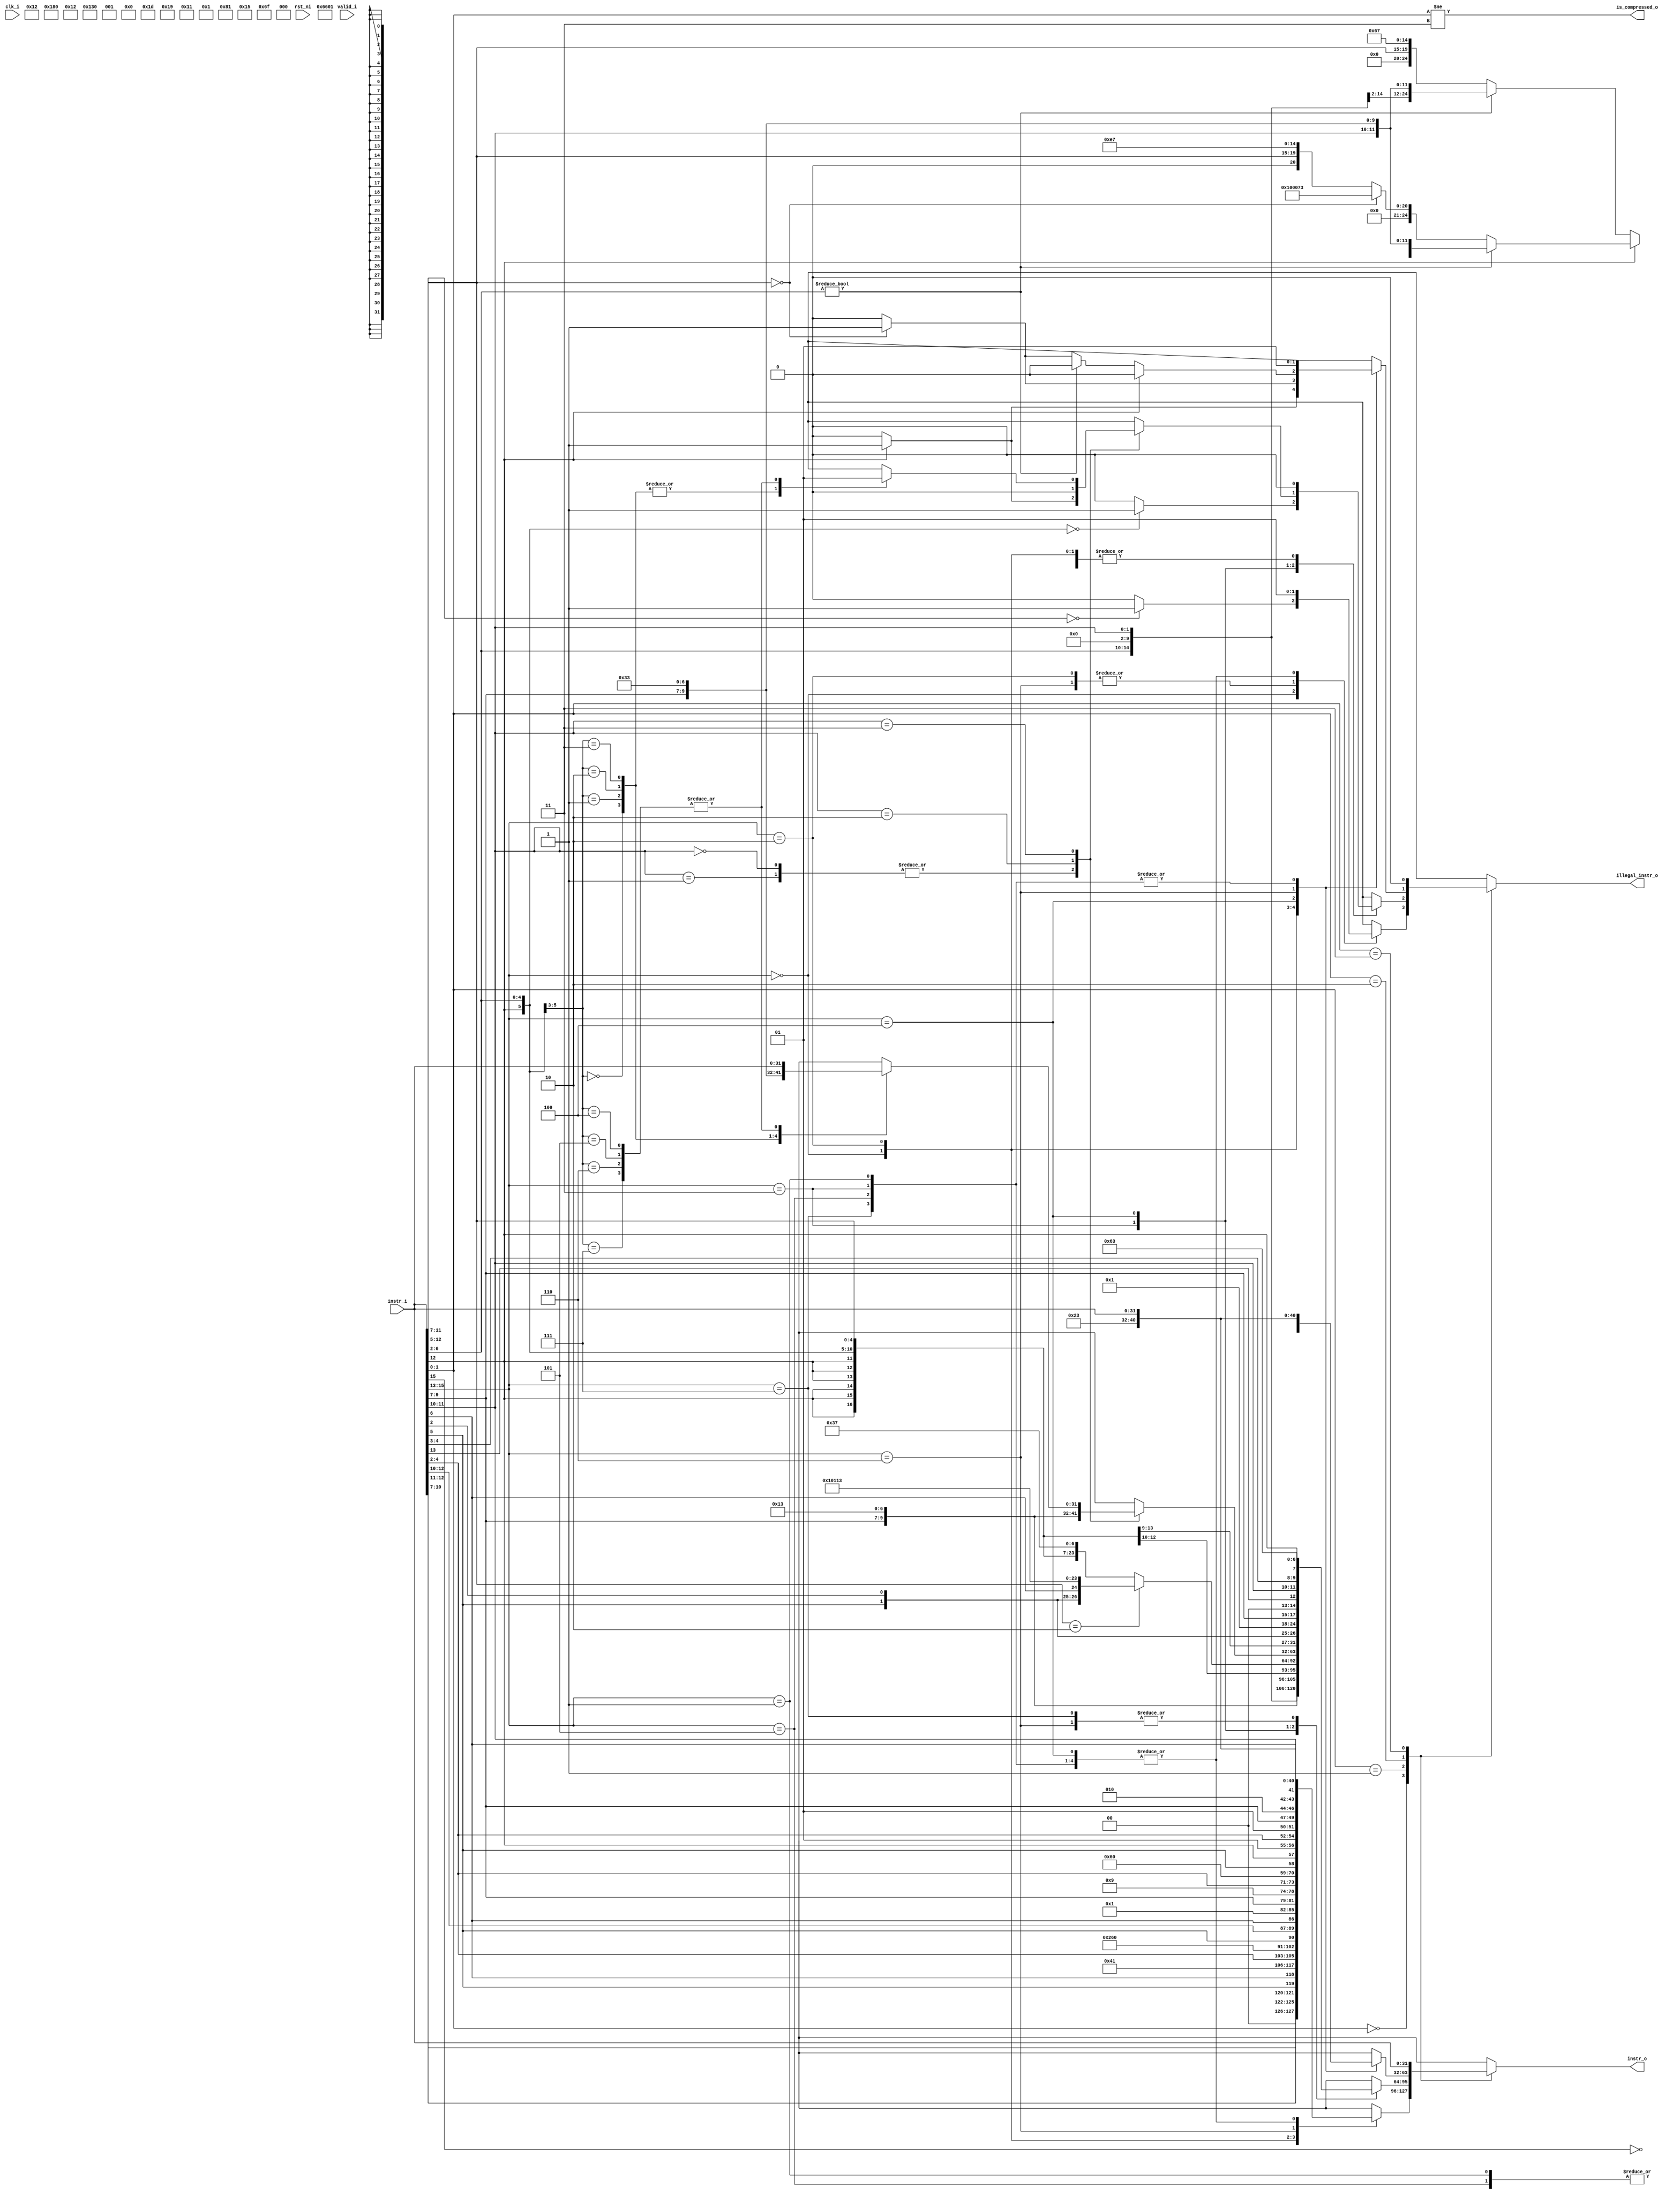
module ibex_compressed_decoder (
	clk_i,
	rst_ni,
	valid_i,
	instr_i,
	instr_o,
	is_compressed_o,
	illegal_instr_o
);
	input wire clk_i;
	input wire rst_ni;
	input wire valid_i;
	input wire [31:0] instr_i;
	output reg [31:0] instr_o;
	output wire is_compressed_o;
	output reg illegal_instr_o;
	wire unused_valid;
	assign unused_valid = valid_i;
	localparam [6:0] ibex_pkg_OPCODE_BRANCH = 7'h63;
	localparam [6:0] ibex_pkg_OPCODE_JAL = 7'h6f;
	localparam [6:0] ibex_pkg_OPCODE_JALR = 7'h67;
	localparam [6:0] ibex_pkg_OPCODE_LOAD = 7'h03;
	localparam [6:0] ibex_pkg_OPCODE_LUI = 7'h37;
	localparam [6:0] ibex_pkg_OPCODE_OP = 7'h33;
	localparam [6:0] ibex_pkg_OPCODE_OP_IMM = 7'h13;
	localparam [6:0] ibex_pkg_OPCODE_STORE = 7'h23;
	always @(*) begin
		instr_o = instr_i;
		illegal_instr_o = 1'b0;
		case (instr_i[1:0])
			2'b00:
				case (instr_i[15:13])
					3'b000: begin
						instr_o = {2'b00, instr_i[10:7], instr_i[12:11], instr_i[5], instr_i[6], 2'b00, 5'h02, 3'b000, 2'b01, instr_i[4:2], {ibex_pkg_OPCODE_OP_IMM}};
						if (instr_i[12:5] == 8'b00000000)
							illegal_instr_o = 1'b1;
					end
					3'b010: instr_o = {5'b00000, instr_i[5], instr_i[12:10], instr_i[6], 2'b00, 2'b01, instr_i[9:7], 3'b010, 2'b01, instr_i[4:2], {ibex_pkg_OPCODE_LOAD}};
					3'b110: instr_o = {5'b00000, instr_i[5], instr_i[12], 2'b01, instr_i[4:2], 2'b01, instr_i[9:7], 3'b010, instr_i[11:10], instr_i[6], 2'b00, {ibex_pkg_OPCODE_STORE}};
					3'b001, 3'b011, 3'b100, 3'b101, 3'b111: illegal_instr_o = 1'b1;
					default: illegal_instr_o = 1'b1;
				endcase
			2'b01:
				case (instr_i[15:13])
					3'b000: instr_o = {{6 {instr_i[12]}}, instr_i[12], instr_i[6:2], instr_i[11:7], 3'b000, instr_i[11:7], {ibex_pkg_OPCODE_OP_IMM}};
					3'b001, 3'b101: instr_o = {instr_i[12], instr_i[8], instr_i[10:9], instr_i[6], instr_i[7], instr_i[2], instr_i[11], instr_i[5:3], {9 {instr_i[12]}}, 4'b0000, ~instr_i[15], {ibex_pkg_OPCODE_JAL}};
					3'b010: instr_o = {{6 {instr_i[12]}}, instr_i[12], instr_i[6:2], 5'b00000, 3'b000, instr_i[11:7], {ibex_pkg_OPCODE_OP_IMM}};
					3'b011: begin
						instr_o = {{15 {instr_i[12]}}, instr_i[6:2], instr_i[11:7], {ibex_pkg_OPCODE_LUI}};
						if (instr_i[11:7] == 5'h02)
							instr_o = {{3 {instr_i[12]}}, instr_i[4:3], instr_i[5], instr_i[2], instr_i[6], 4'b0000, 5'h02, 3'b000, 5'h02, {ibex_pkg_OPCODE_OP_IMM}};
						if ({instr_i[12], instr_i[6:2]} == 6'b000000)
							illegal_instr_o = 1'b1;
					end
					3'b100:
						case (instr_i[11:10])
							2'b00, 2'b01: begin
								instr_o = {1'b0, instr_i[10], 5'b00000, instr_i[6:2], 2'b01, instr_i[9:7], 3'b101, 2'b01, instr_i[9:7], {ibex_pkg_OPCODE_OP_IMM}};
								if (instr_i[12] == 1'b1)
									illegal_instr_o = 1'b1;
							end
							2'b10: instr_o = {{6 {instr_i[12]}}, instr_i[12], instr_i[6:2], 2'b01, instr_i[9:7], 3'b111, 2'b01, instr_i[9:7], {ibex_pkg_OPCODE_OP_IMM}};
							2'b11:
								case ({instr_i[12], instr_i[6:5]})
									3'b000: instr_o = {2'b01, 5'b00000, 2'b01, instr_i[4:2], 2'b01, instr_i[9:7], 3'b000, 2'b01, instr_i[9:7], {ibex_pkg_OPCODE_OP}};
									3'b001: instr_o = {7'b0000000, 2'b01, instr_i[4:2], 2'b01, instr_i[9:7], 3'b100, 2'b01, instr_i[9:7], {ibex_pkg_OPCODE_OP}};
									3'b010: instr_o = {7'b0000000, 2'b01, instr_i[4:2], 2'b01, instr_i[9:7], 3'b110, 2'b01, instr_i[9:7], {ibex_pkg_OPCODE_OP}};
									3'b011: instr_o = {7'b0000000, 2'b01, instr_i[4:2], 2'b01, instr_i[9:7], 3'b111, 2'b01, instr_i[9:7], {ibex_pkg_OPCODE_OP}};
									3'b100, 3'b101, 3'b110, 3'b111: illegal_instr_o = 1'b1;
									default: illegal_instr_o = 1'b1;
								endcase
							default: illegal_instr_o = 1'b1;
						endcase
					3'b110, 3'b111: instr_o = {{4 {instr_i[12]}}, instr_i[6:5], instr_i[2], 5'b00000, 2'b01, instr_i[9:7], 2'b00, instr_i[13], instr_i[11:10], instr_i[4:3], instr_i[12], {ibex_pkg_OPCODE_BRANCH}};
					default: illegal_instr_o = 1'b1;
				endcase
			2'b10:
				case (instr_i[15:13])
					3'b000: begin
						instr_o = {7'b0000000, instr_i[6:2], instr_i[11:7], 3'b001, instr_i[11:7], {ibex_pkg_OPCODE_OP_IMM}};
						if (instr_i[12] == 1'b1)
							illegal_instr_o = 1'b1;
					end
					3'b010: begin
						instr_o = {4'b0000, instr_i[3:2], instr_i[12], instr_i[6:4], 2'b00, 5'h02, 3'b010, instr_i[11:7], ibex_pkg_OPCODE_LOAD};
						if (instr_i[11:7] == 5'b00000)
							illegal_instr_o = 1'b1;
					end
					3'b100:
						if (instr_i[12] == 1'b0) begin
							if (instr_i[6:2] != 5'b00000)
								instr_o = {7'b0000000, instr_i[6:2], 5'b00000, 3'b000, instr_i[11:7], {ibex_pkg_OPCODE_OP}};
							else begin
								instr_o = {12'b000000000000, instr_i[11:7], 3'b000, 5'b00000, {ibex_pkg_OPCODE_JALR}};
								if (instr_i[11:7] == 5'b00000)
									illegal_instr_o = 1'b1;
							end
						end
						else if (instr_i[6:2] != 5'b00000)
							instr_o = {7'b0000000, instr_i[6:2], instr_i[11:7], 3'b000, instr_i[11:7], {ibex_pkg_OPCODE_OP}};
						else if (instr_i[11:7] == 5'b00000)
							instr_o = 32'h00100073;
						else
							instr_o = {12'b000000000000, instr_i[11:7], 3'b000, 5'b00001, {ibex_pkg_OPCODE_JALR}};
					3'b110: instr_o = {4'b0000, instr_i[8:7], instr_i[12], instr_i[6:2], 5'h02, 3'b010, instr_i[11:9], 2'b00, {ibex_pkg_OPCODE_STORE}};
					3'b001, 3'b011, 3'b101, 3'b111: illegal_instr_o = 1'b1;
					default: illegal_instr_o = 1'b1;
				endcase
			2'b11:
				;
			default: illegal_instr_o = 1'b1;
		endcase
	end
	assign is_compressed_o = instr_i[1:0] != 2'b11;
endmodule